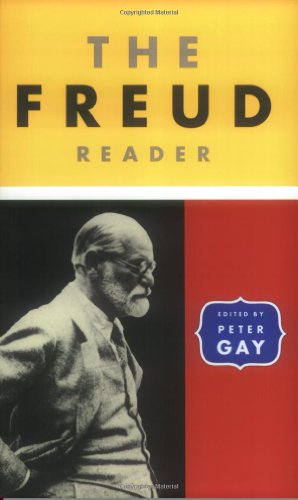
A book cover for The Freud Reader; Sigmund Freud; Medical Books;